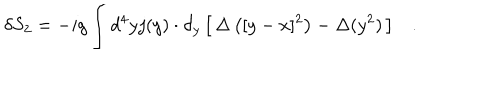
LaTeX: \delta S _ { 2 } = - i g \int d ^ { 4 } y j ( y ) \cdot \partial _ { y } \left[ \, \Delta \left( [ y - x ] ^ { 2 } \right) - \Delta ( y ^ { 2 } ) \, \right] .